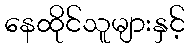
နေထိုင်သူများနှင့်